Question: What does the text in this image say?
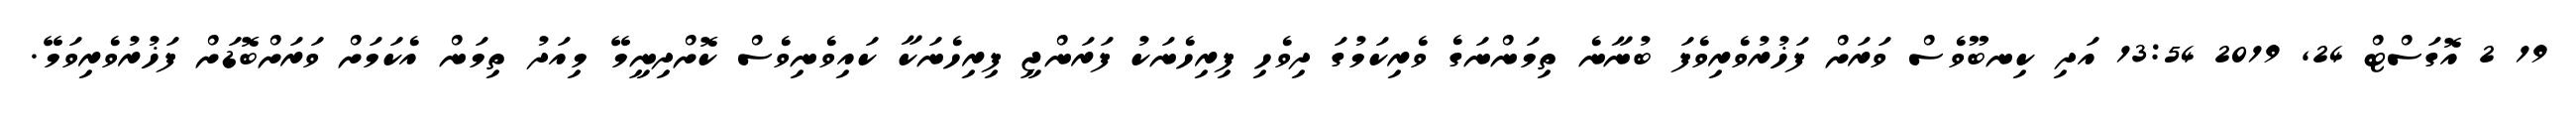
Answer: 19 2 އޮގަސްޓް 24, 2019 13:54 އަދި ކިނބޫވެސް ވަރަށް ފަޚުރުވެރިވެފަ ބުނާނެ ތިމަންނަގެ ވެރިކަމުގަ ދިވެހި ފިރިހެނަކު ފަރަންޖީ ފިރިހެނަކާ ކައިވެނިވެސް ކޮށްދިނީމޭ މިއަދު ތިމަން އެކަމަށް ވަރަށްބޮޑަށް ފަޚުރުވެރިވަމޭ.